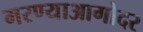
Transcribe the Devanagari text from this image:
मरण्याआगोदर